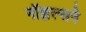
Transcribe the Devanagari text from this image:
नॉझल्सने